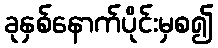
ခုနှစ်နောက်ပိုင်းမှစ၍